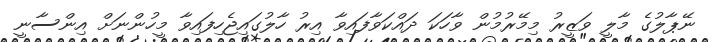
ނޭޕާލުގެ މާލީ ވަޒީރު މިމޭރުމުން ވާހަކަ ދައްކަވާފައިވާ އިރު ހާލުގައިޖެހިފައިވާ މީހުންނަށް އިންސާނީ